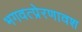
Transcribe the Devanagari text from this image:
भगवत्प्रेरणावश